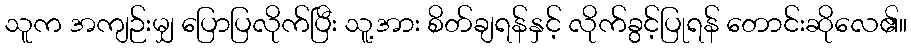
သူက အကျဉ်းမျှ ပြောပြလိုက်ပြီး သူ့အား စိတ်ချရန်နှင့် လိုက်ခွင့်ပြုရန် တောင်းဆိုလေ၏။